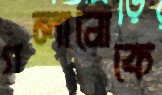
গলানোকে